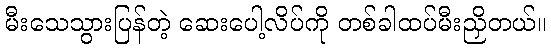
မီးသေသွားပြန်တဲ့ ဆေးပေါ့လိပ်ကို တစ်ခါထပ်မီးညှိတယ်။